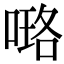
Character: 𠻐